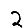
Digit: 2